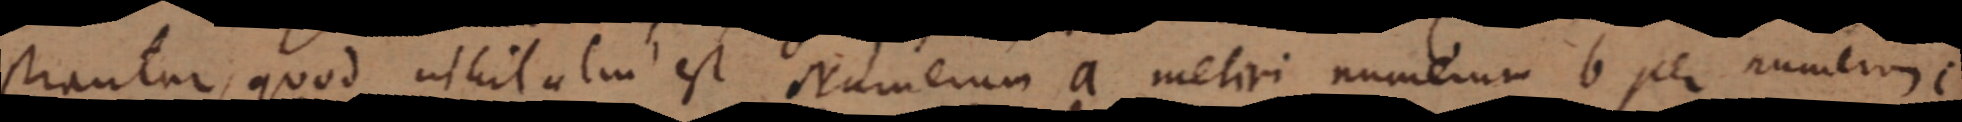
strantur, quod nihil alui est Numerum a metiri numerum b per numerus c